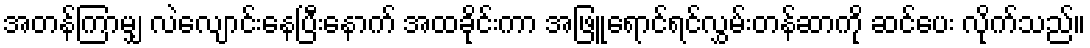
အတန်ကြာမျှ လဲလျောင်းနေပြီးနောက် အထခိုင်းကာ အဖြူရောင်ရင်လွှမ်းတန်ဆာကို ဆင်ပေး လိုက်သည်။